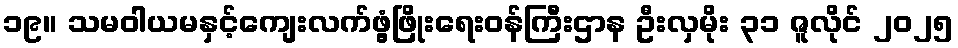
၁၉။ သမဝါယမနှင့်ကျေးလက်ဖွံ့ဖြိုးရေးဝန်ကြီးဌာန ဦးလှမိုး ၃၁ ဇူလိုင် ၂၀၂၅